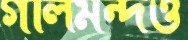
গালমন্দও